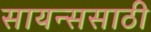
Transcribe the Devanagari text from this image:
सायन्ससाठी